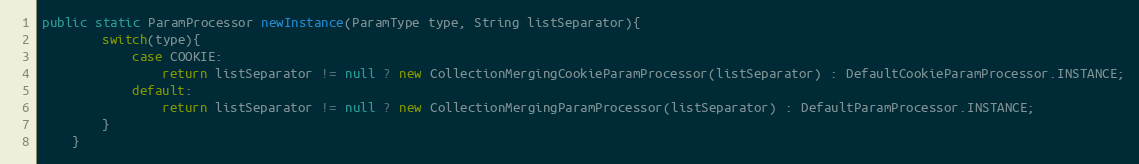
Language: Java
public static ParamProcessor newInstance(ParamType type, String listSeparator){
        switch(type){
            case COOKIE:
                return listSeparator != null ? new CollectionMergingCookieParamProcessor(listSeparator) : DefaultCookieParamProcessor.INSTANCE;
            default:
                return listSeparator != null ? new CollectionMergingParamProcessor(listSeparator) : DefaultParamProcessor.INSTANCE;
        }
    }